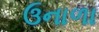
ઉનાળા